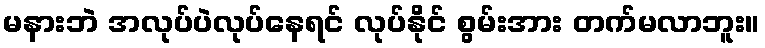
မနားဘဲ အလုပ်ပဲလုပ်နေရင် လုပ်နိုင် စွမ်းအား တက်မလာဘူး။